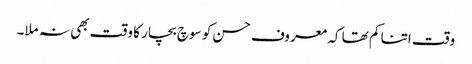
وقت اتنا کم تھا کہ معروف حسن کو سوچ بچار کا وقت بھی نہ ملا۔